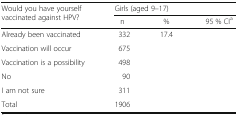
<table><thead><tr><td rowspan="2"><b>Would you have yourself vaccinated against HPV?</b></td><td colspan="3"><b>Girls (aged 9–17)</b></td></tr><tr><td><b>n</b></td><td><b>%</b></td><td><b>95 % CI<sup>a</sup></b></td></tr></thead><tbody><tr><td>Already been vaccinated</td><td>332</td><td>17.4</td><td>[EMPTY_CELL]</td></tr><tr><td>Vaccination will occur</td><td>675</td><td>[EMPTY_CELL]</td><td>[EMPTY_CELL]</td></tr><tr><td>Vaccination is a possibility</td><td>498</td><td>[EMPTY_CELL]</td><td>[EMPTY_CELL]</td></tr><tr><td>No</td><td>90</td><td>[EMPTY_CELL]</td><td>[EMPTY_CELL]</td></tr><tr><td>I am not sure</td><td>311</td><td>[EMPTY_CELL]</td><td>[EMPTY_CELL]</td></tr><tr><td>Total</td><td>1906</td><td>[EMPTY_CELL]</td><td>[EMPTY_CELL]</td></tr></tbody></table>